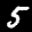
Label: 5